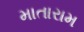
માતારામ